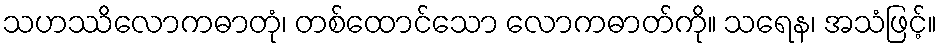
သဟဿိလောကဓာတုံ၊ တစ်ထောင်သော လောကဓာတ်ကို။ သရေန၊ အသံဖြင့်။